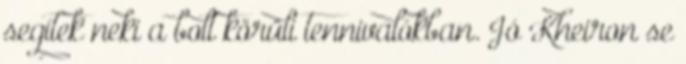
segítek neki a bolt körüli tennivalókban. Jó Kheiron se